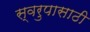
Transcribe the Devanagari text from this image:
स्वरुपासाठी